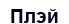
Плэй